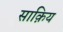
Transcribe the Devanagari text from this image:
साक़िय